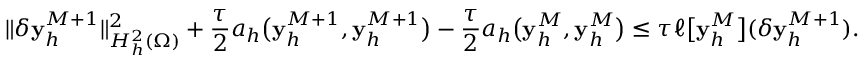
\| \delta \mathbf { y } _ { h } ^ { M + 1 } \| _ { H _ { h } ^ { 2 } ( \Omega ) } ^ { 2 } + \frac { \tau } { 2 } a _ { h } \big ( \mathbf { y } _ { h } ^ { M + 1 } , \mathbf { y } _ { h } ^ { M + 1 } \big ) - \frac { \tau } { 2 } a _ { h } \big ( \mathbf { y } _ { h } ^ { M } , \mathbf { y } _ { h } ^ { M } \big ) \leq \tau \ell \big [ \mathbf { y } _ { h } ^ { M } \big ] ( \delta \mathbf { y } _ { h } ^ { M + 1 } ) .